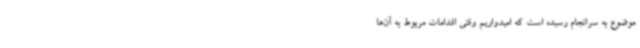
موضوع به سرانجام رسیده است که امیدواریم وقتی اقدامات مربوط به آن‌ها